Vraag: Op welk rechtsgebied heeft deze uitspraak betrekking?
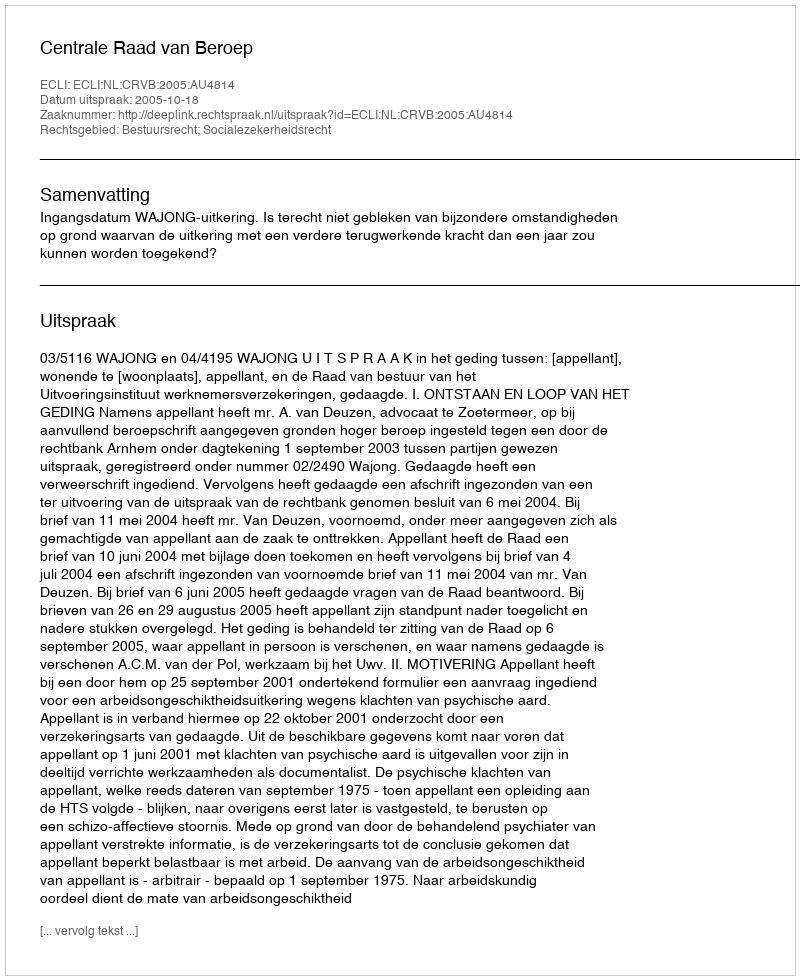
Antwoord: Bestuursrecht; Socialezekerheidsrecht